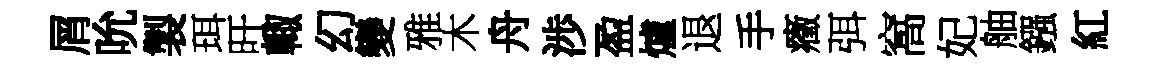
屑吮製珥旴輙幻變雅木舟渉盈爐退手癥弭窩妃舳鏹紅